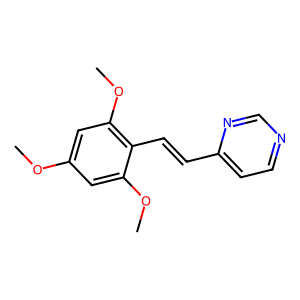
SMILES: COc1cc(OC)c(C=Cc2ccncn2)c(OC)c1
Inhibits HIV replication: No